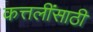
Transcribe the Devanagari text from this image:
कत्तलींसाठी